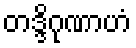
တဒ္ဒိဂုဏာဟံ